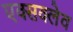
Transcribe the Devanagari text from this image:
एक्सक्लेव